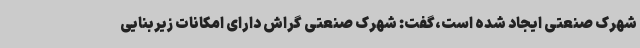
شهرک صنعتی ایجاد شده است،گفت: شهرک صنعتی گراش دارای امکانات زیربنایی